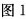
图1